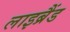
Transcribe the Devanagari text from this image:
लाइब्रैंड